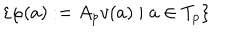
\{ \varphi ( a ) : = A _ { p } v ( a ) \; | \; a \in T _ { p } \}